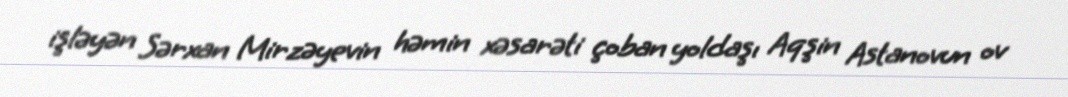
işləyən Sərxan Mirzəyevin həmin xəsarəti çoban yoldaşı Aqşin Astanovun ov